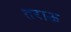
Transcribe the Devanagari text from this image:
तराऊ